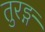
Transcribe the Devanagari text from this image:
तुरङ्ग